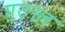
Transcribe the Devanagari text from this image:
ग़ज़्‍ाल